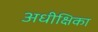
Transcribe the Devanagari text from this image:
अधीक्षिका